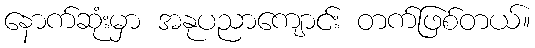
နောက်ဆုံးမှာ အနုပညာကျောင်း တက်ဖြစ်တယ်။